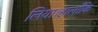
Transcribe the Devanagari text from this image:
लिया।हालाँकि